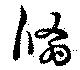
翛